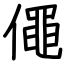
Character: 僶